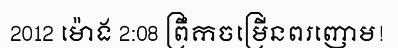
2012 ម៉ោង 2:08 ព្រឹកចម្រើនពរញោម!